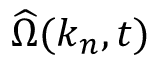
\widehat { \Omega } ( \boldsymbol { k } _ { n } , t )